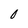
Character: 0